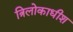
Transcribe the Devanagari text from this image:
त्रिलोकाधीश